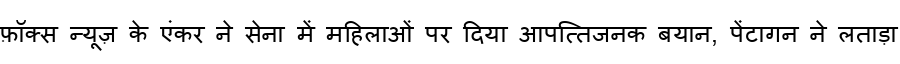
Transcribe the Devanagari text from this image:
फ़ॉक्स न्यूज़ के एंकर ने सेना में महिलाओं पर दिया आपत्तिजनक बयान, पेंटागन ने लताड़ा